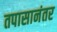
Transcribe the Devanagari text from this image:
तपासानंतर